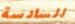
السادسة